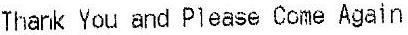
THANK YOU AND PLEASE COME AGAIN